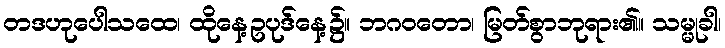
တဒဟုပေါသထေ၊ ထိုနေ့ဥပုဒ်နေ့၌။ ဘဂဝတော၊ မြတ်စွာဘုရား၏။ သမ္မုခါ၊